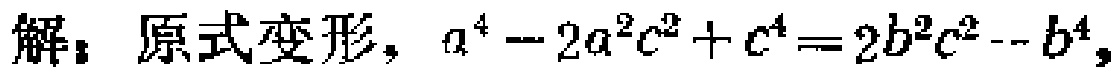
解：原式变形，\(a^{4}-2a^{2}c^{2}+c^{4}=2b^{2}c^{2}-b^{4}\)，